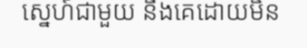
ស្នេហ៍ជាមួយ នឹងគេដោយមិន